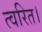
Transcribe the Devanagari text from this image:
त्वरित।